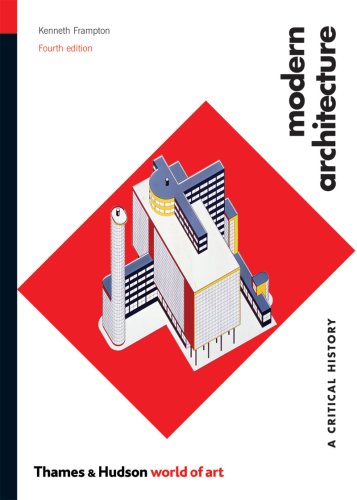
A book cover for Modern Architecture: A Critical History (Fourth Edition)  (World of Art); Kenneth Frampton; Arts & Photography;